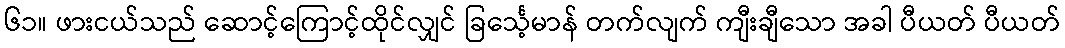
၆၁။ ဖားငယ်သည် ဆောင့်ကြောင့်ထိုင်လျှင် ခြင်္သေ့မာန် တက်လျက် ကျီးချီသော အခါ ပီယတ် ပီယတ်